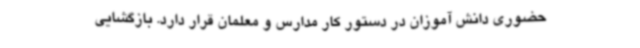
حضوری دانش آموزان در دستور کار مدارس و معلمان قرار دارد. بازگشایی